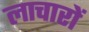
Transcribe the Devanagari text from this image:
लाचारों